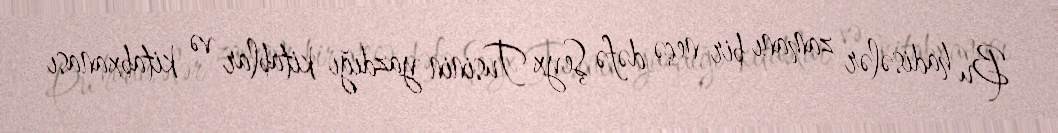
Bu hadisələr zamanı bir neçə dəfə Şeyx Tusinin yazdığı kitablar və kitabxanası